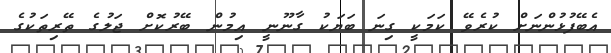
އެބޭފުޅުންނަށް ކުރެވޭ ކަމަކީ ގިނަ ބަޔަކު ގާނޫނީ އިމުން ބޭރުކޮށް ޖަލުގެ ތޭރިތަކުގެ